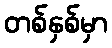
တစ်နှစ်မှာ